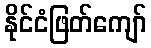
နိုင်ငံဖြတ်ကျော်